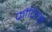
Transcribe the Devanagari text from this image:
फ्रोंटियर्स